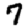
Digit: 7